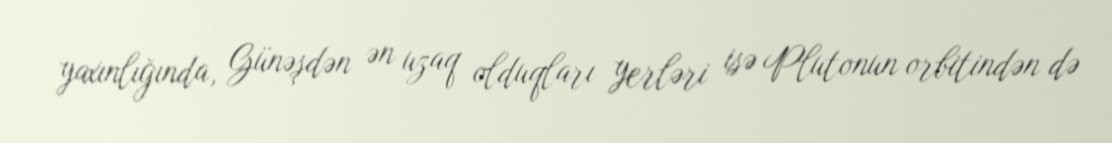
yaxınlığında, Günəşdən ən uzaq olduqları yerləri isə Plutonun orbitindən də